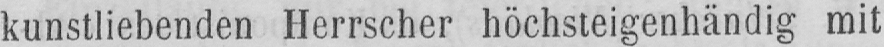
kunstliebenden Herrscher höchsteigenhändig mit